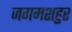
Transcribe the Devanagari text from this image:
जगमशहुर